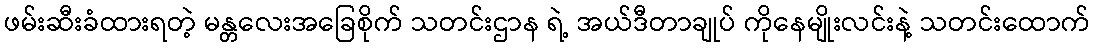
ဖမ်းဆီးခံထားရတဲ့ မန္တလေးအခြေစိုက် သတင်းဌာန ရဲ့ အယ်ဒီတာချုပ် ကိုနေမျိုးလင်းနဲ့ သတင်းထောက်